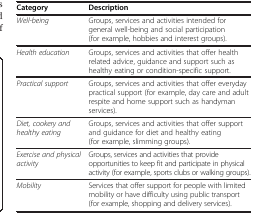
| Category | Description |
 | --- | --- |
 | Well-being | Groups, services and activities intended for general well-being and social participation (for example, hobbies and interest groups). |
 | Health education | Groups, services and activities that offer health related advice, guidance and support such as healthy eating or condition-specific support. |
 | Practical support | Groups, services and activities that offer everyday practical support (for example, day care and adult respite and home support such as handyman services). |
 | Diet, cookery and healthy eating | Groups, services and activities that offer support and guidance for diet and healthy eating (for example, slimming groups). |
 | Exercise and physical activity | Groups, services and activities that provide opportunities to keep fit and participate in physical activity (for example, sports clubs or walking groups). |
 | Mobility | Services that offer support for people with limited mobility or have difficulty using public transport (for example, shopping and delivery services). |